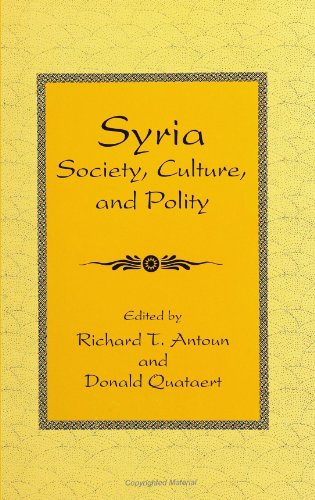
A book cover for Syria: Society, Culture, and Polity (SUNY Series in Middle Eastern Studies); History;